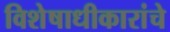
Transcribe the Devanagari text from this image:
विशेषाधीकारांचे